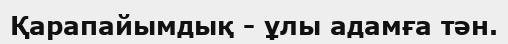
Қарапайымдық - ұлы адамға тән.